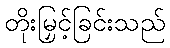
တိုးမြှင့်ခြင်းသည်